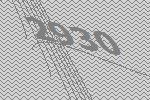
2930